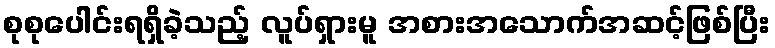
စုစုပေါင်းရရှိခဲ့သည့် လူပ်ရှားမူ အစားအသောက်အဆင့်ဖြစ်ပြီး